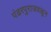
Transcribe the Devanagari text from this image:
पंढरपुराजवळून